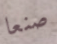
صنعا